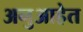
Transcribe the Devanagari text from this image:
अनुआहेत